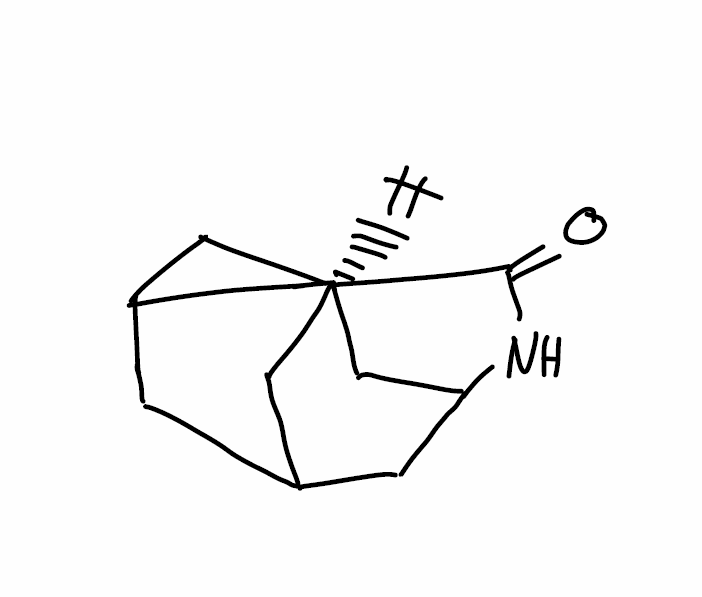
Simplified molecular-input line-entry system (SMILES) notation of the given molecule:
C1[C@H]2CC3CC1CC(C2)NC3=O